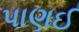
પાણઈ